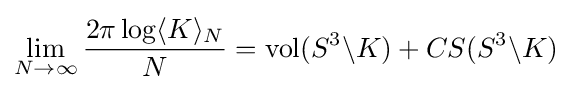
\lim _{N\to \infty }{\frac {2\pi \log \langle K\rangle _{N}}{N}}=\operatorname {vol} (S^{3}\backslash K)+CS(S^{3}\backslash K)